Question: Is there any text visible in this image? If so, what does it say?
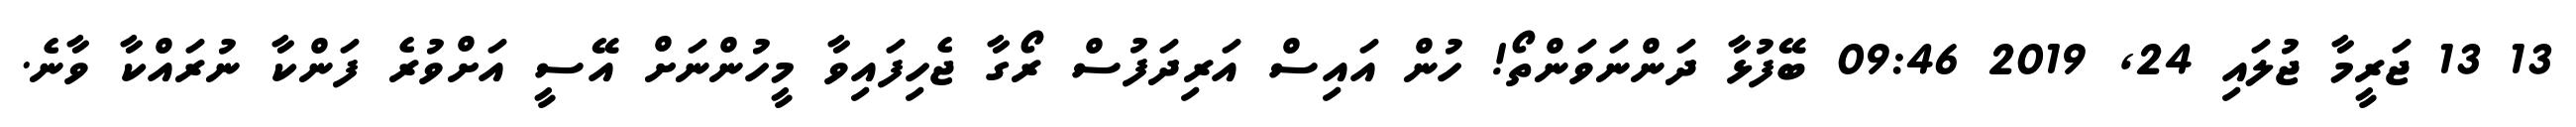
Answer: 13 13 ޖަރީމާ ޖުލައި 24, 2019 09:46 ބޭފުޅާ ދަންނަވަންތޯ! ހުން އައިސް އަރިދަފުސް ރޯގާ ޖެހިފައިވާ މީހުންނަށް އޭސީ އަށްވުރެ ފަންކާ ނުރައްކާ ވާނެ.